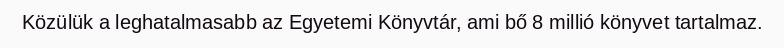
Közülük a leghatalmasabb az Egyetemi Könyvtár, ami bő 8 millió könyvet tartalmaz.